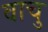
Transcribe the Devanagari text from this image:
वाचु